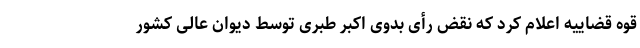
قوه قضاییه اعلام کرد که نقض رأی بدوی اکبر طبری توسط دیوان عالی کشور